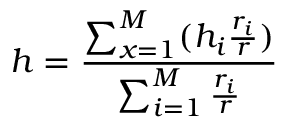
h = \frac { \sum _ { x = 1 } ^ { M } ( h _ { i } \frac { r _ { i } } { r } ) } { \sum _ { i = 1 } ^ { M } \frac { r _ { i } } { r } }